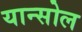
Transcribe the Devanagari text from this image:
यान्सोल